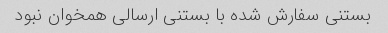
بستنی سفارش شده با بستنی ارسالی همخوان نبود